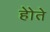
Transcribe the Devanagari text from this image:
होेते